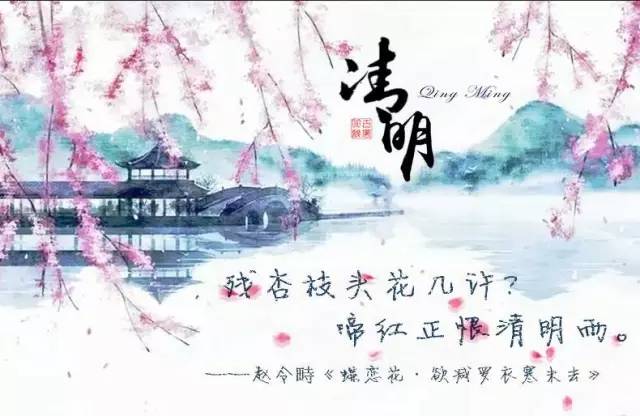
残杏枝头花几许。啼红正恨清明雨。